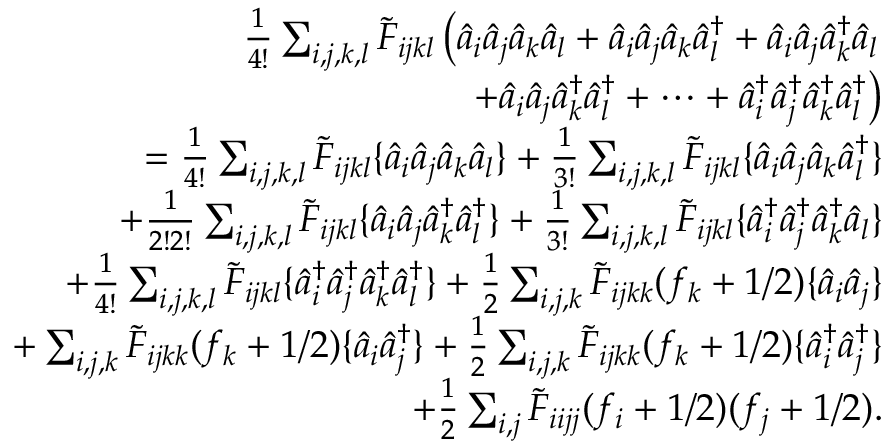
\begin{array} { r l r } & { } & { \frac { 1 } { 4 ! } \sum _ { i , j , k , l } \tilde { F } _ { i j k l } \left( \hat { a } _ { i } \hat { a } _ { j } \hat { a } _ { k } \hat { a } _ { l } + \hat { a } _ { i } \hat { a } _ { j } \hat { a } _ { k } \hat { a } _ { l } ^ { \dagger } + \hat { a } _ { i } \hat { a } _ { j } \hat { a } _ { k } ^ { \dagger } \hat { a } _ { l } \right. } \\ & { } & { \left. + \hat { a } _ { i } \hat { a } _ { j } \hat { a } _ { k } ^ { \dagger } \hat { a } _ { l } ^ { \dagger } + \cdots + \hat { a } _ { i } ^ { \dagger } \hat { a } _ { j } ^ { \dagger } \hat { a } _ { k } ^ { \dagger } \hat { a } _ { l } ^ { \dagger } \right) } \\ & { } & { = \frac { 1 } { 4 ! } \sum _ { i , j , k , l } \tilde { F } _ { i j k l } \{ \hat { a } _ { i } \hat { a } _ { j } \hat { a } _ { k } \hat { a } _ { l } \} + \frac { 1 } { 3 ! } \sum _ { i , j , k , l } \tilde { F } _ { i j k l } \{ \hat { a } _ { i } \hat { a } _ { j } \hat { a } _ { k } \hat { a } _ { l } ^ { \dagger } \} } \\ & { } & { + \frac { 1 } { 2 ! 2 ! } \sum _ { i , j , k , l } \tilde { F } _ { i j k l } \{ \hat { a } _ { i } \hat { a } _ { j } \hat { a } _ { k } ^ { \dagger } \hat { a } _ { l } ^ { \dagger } \} + \frac { 1 } { 3 ! } \sum _ { i , j , k , l } \tilde { F } _ { i j k l } \{ \hat { a } _ { i } ^ { \dagger } \hat { a } _ { j } ^ { \dagger } \hat { a } _ { k } ^ { \dagger } \hat { a } _ { l } \} } \\ & { } & { + \frac { 1 } { 4 ! } \sum _ { i , j , k , l } \tilde { F } _ { i j k l } \{ \hat { a } _ { i } ^ { \dagger } \hat { a } _ { j } ^ { \dagger } \hat { a } _ { k } ^ { \dagger } \hat { a } _ { l } ^ { \dagger } \} + \frac { 1 } { 2 } \sum _ { i , j , k } \tilde { F } _ { i j k k } ( f _ { k } + 1 / 2 ) \{ \hat { a } _ { i } \hat { a } _ { j } \} } \\ & { } & { + \sum _ { i , j , k } \tilde { F } _ { i j k k } ( f _ { k } + 1 / 2 ) \{ \hat { a } _ { i } \hat { a } _ { j } ^ { \dagger } \} + \frac { 1 } { 2 } \sum _ { i , j , k } \tilde { F } _ { i j k k } ( f _ { k } + 1 / 2 ) \{ \hat { a } _ { i } ^ { \dagger } \hat { a } _ { j } ^ { \dagger } \} } \\ & { } & { + \frac { 1 } { 2 } \sum _ { i , j } \tilde { F } _ { i i j j } ( f _ { i } + 1 / 2 ) ( f _ { j } + 1 / 2 ) . } \end{array}